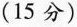
（15分）